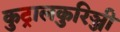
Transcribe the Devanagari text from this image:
कुट्रालकुरिञ्जी